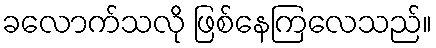
ခလောက်သလို ဖြစ်နေကြလေသည်။